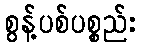
စွန့်ပစ်ပစ္စည်း